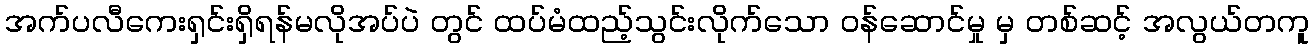
အက်ပလီကေးရှင်းရှိရန်မလိုအပ်ပဲ တွင် ထပ်မံထည့်သွင်းလိုက်သော ဝန်ဆောင်မှု မှ တစ်ဆင့် အလွယ်တကူ